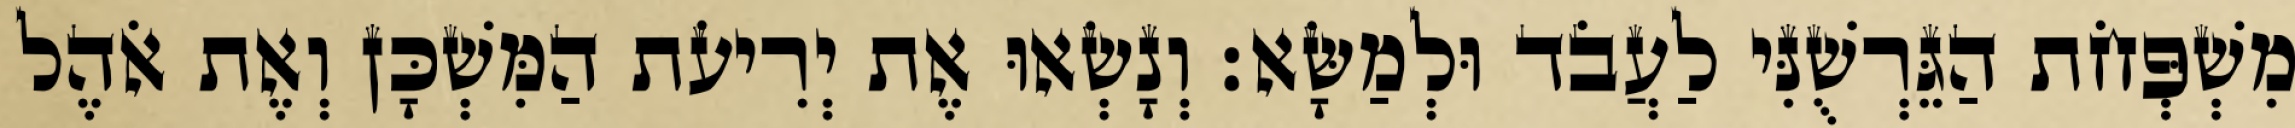
מִשְׁפְּחֹת הַגֵּרְשֻׁנִּי לַעֲבֹד וּלְמַשָּׂא׃ וְנָשְׂאוּ אֶת יְרִיעֹת הַמִּשְׁכָּן וְאֶת אֹהֶל